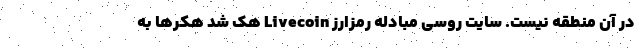
در آن منطقه نیست. سایت روسی مبادله رمزارز Livecoin هک شد هکرها به